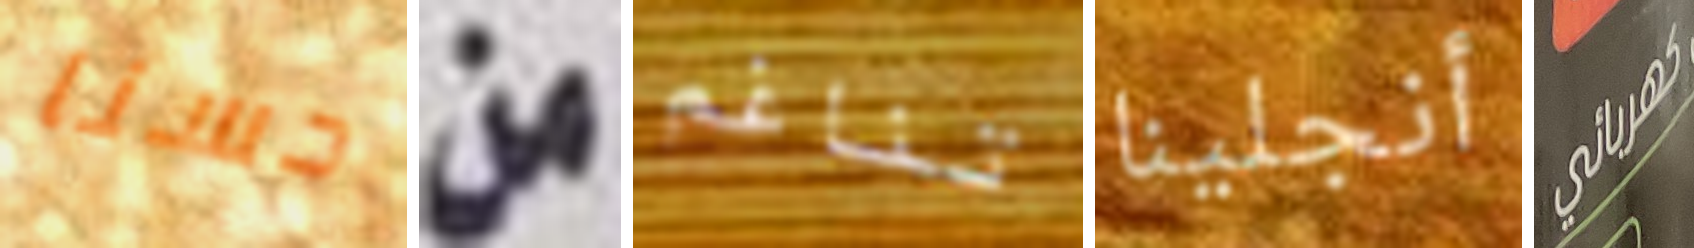
حسنا من تناغم أنجلينا كهربائي